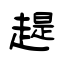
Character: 趧